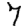
Digit: 7